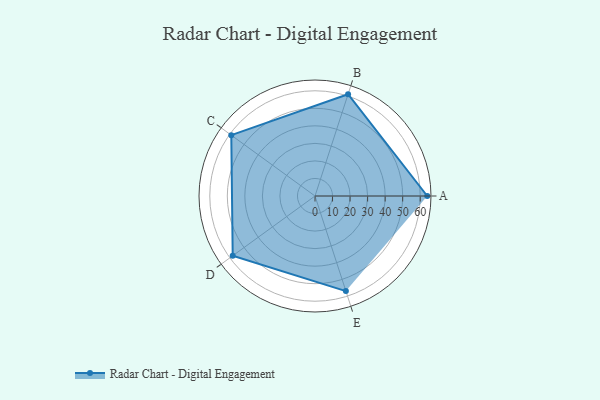
{"axis": {"x": "Skill", "y": "Score"}, "legend": ["Profile"], "data": [{"x": "A", "y": 64.0, "type": "Profile"}, {"x": "B", "y": 61.0, "type": "Profile"}, {"x": "C", "y": 59.0, "type": "Profile"}, {"x": "D", "y": 58.0, "type": "Profile"}, {"x": "E", "y": 57.0, "type": "Profile"}]}